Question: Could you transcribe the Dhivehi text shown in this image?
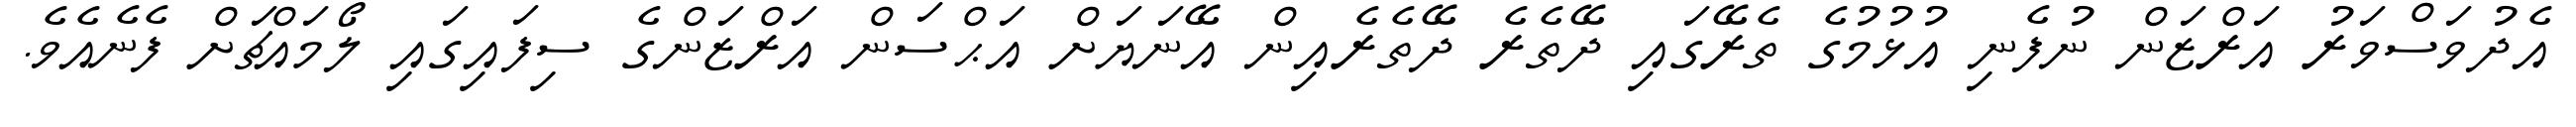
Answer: އެދުވަސްވަރު އަރްޒަން ނުފެނި އުޅުމުގެ ތެރޭގައި ދޭތެރެ ދޭތެރެއިން އޭނަޔަށް އަޙްސަން އަރްޒަންގެ ސިފައިގައި ލޯމައްޗަށް ފެނެއެވެ.